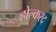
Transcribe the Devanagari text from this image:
होल्करद